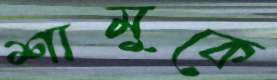
শামুকে